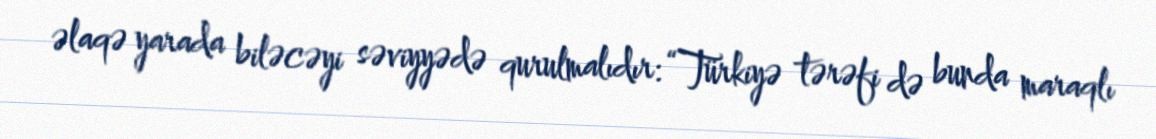
əlaqə yarada biləcəyi səviyyədə qurulmalıdır: “Türkiyə tərəfi də bunda maraqlı